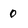
Character: 0